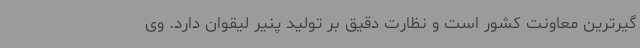
گیرترین معاونت کشور است و نظارت دقیق بر تولید پنیر لیقوان دارد. وی